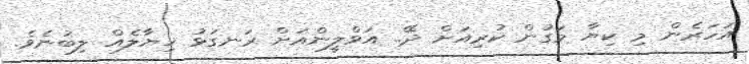
އަހަރެން މި ކިޔާ މަގުން ކުރިއަށް ދޭ.. އަވްލީންއަށް ރަނގަޅު ޚިޔާލެއް ލިބުނެވެ.